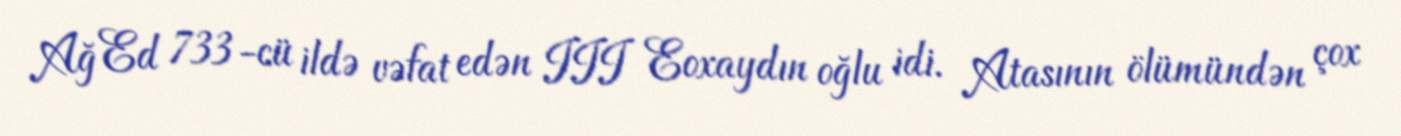
Ağ Ed 733-cü ildə vəfat edən III Eoxaydın oğlu idi. Atasının ölümündən çox